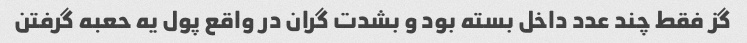
گز فقط چند عدد داخل بسته بود و بشدت گران در واقع پول یه حعبه گرفتن